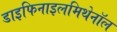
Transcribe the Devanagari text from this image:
डाइफिनाइलमिथेनॉल